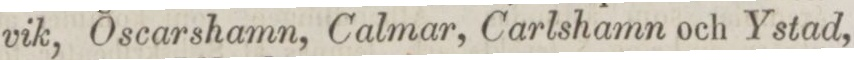
vik, Oscarshamn, Calmar, Carlshamn och Ystad,